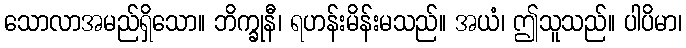
သောလာအမည်ရှိသော။ ဘိက္ခုနီ၊ ရဟန်းမိန်းမသည်။ အယံ၊ ဤသူသည်။ ပါပိမာ၊